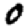
Digit: 0